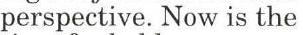
perspective. Now is the